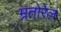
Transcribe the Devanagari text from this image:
म्रतोरेल